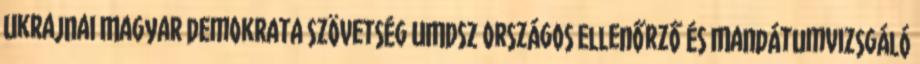
Ukrajnai Magyar Demokrata Szövetség UMDSZ Országos Ellenőrző és Mandátumvizsgáló